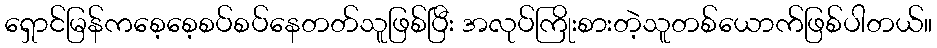
ရှောင်မြန်ကစေ့စေ့စပ်စပ်နေတတ်သူဖြစ်ပြီး အလုပ်ကြိုးစားတဲ့သူတစ်ယောက်ဖြစ်ပါတယ်။